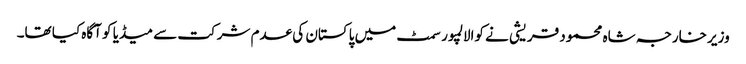
وزیر خارجہ شاہ محمود قریشی نے کوالالمپور سمٹ میں پاکستان کی عدم شرکت سے میڈیا کو آگاہ کیا تھا۔